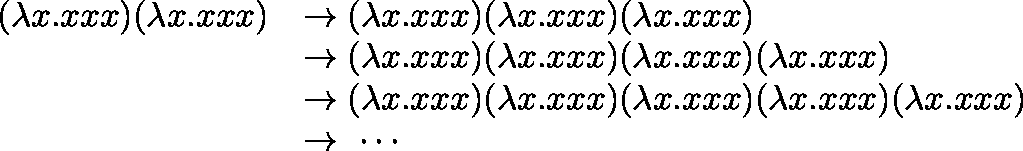
{ \begin{array} { r l } { ( \mathbf { \lambda } x . x x x ) ( \lambda x . x x x ) } & { \rightarrow ( \mathbf { \lambda } x . x x x ) ( \lambda x . x x x ) ( \lambda x . x x x ) } \\ & { \rightarrow ( \mathbf { \lambda } x . x x x ) ( \lambda x . x x x ) ( \lambda x . x x x ) ( \lambda x . x x x ) } \\ & { \rightarrow ( \mathbf { \lambda } x . x x x ) ( \lambda x . x x x ) ( \lambda x . x x x ) ( \lambda x . x x x ) ( \lambda x . x x x ) } \\ & { \rightarrow \ \cdots \, } \end{array} }